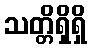
သတ္တိရှိရှိ